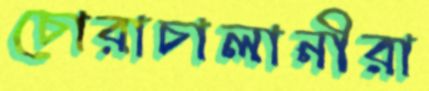
চোরাচালানীরা